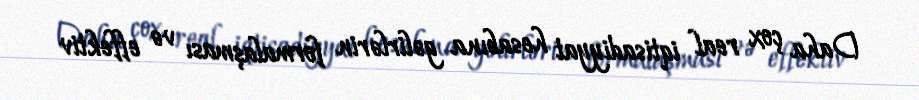
Daha çox real iqtisadiyyat hesabına gəlirlərin formalaşması və effektiv